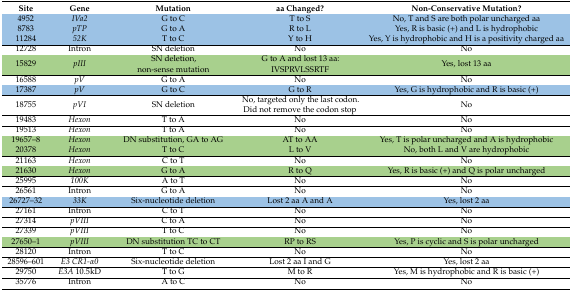
| Site | Gene | Mutation | aa Changed? | Non-Conservative Mutation? |
 | --- | --- | --- | --- | --- |
 | 4952 | IVa2 | G to C | T to S | No, T and S are both polar uncharged aa |
 | 8783 | pTP | G to A | R to L | Yes, R is basic (+) and L is hydrophobic |
 | 11284 | 52K | T to C | Y to H | Yes, Y is hydrophobic and H is a positivity charged aa |
 | 12728 | Intron | SN deletion | No | No |
 | 15829 | pIII | SN deletion, non-sense mutation | G to A and lost 13 aa: IVSPRVLSSRTF | Yes, lost 13 aa |
 | 16588 | pV | G to A | No | No |
 | 17387 | pV | G to C | G to R | Yes, G is hydrophobic and R is basic (+) |
 | 18755 | pVI | SN deletion | No, targeted only the last codon. Did not remove the codon stop | No |
 | 19483 | Hexon | T to A | No | No |
 | 19513 | Hexon | T to A | No | No |
 | 19657–8 | Hexon | DN substitution, GA to AG | AT to AA | Yes, T is polar uncharged and A is hydrophobic |
 | 20378 | Hexon | T to C | L to V | No, both L and V are hydrophobic |
 | 21163 | Hexon | C to T | No | No |
 | 21630 | Hexon | G to A | R to Q | Yes, R is basic (+) and Q is polar uncharged |
 | 25995 | 100K | A to T | No | No |
 | 26561 | Intron | G to A | No | No |
 | 26727–32 | 33K | Six-nucleotide deletion | Lost 2 aa A and A | Yes, lost 2 aa |
 | 27161 | Intron | C to T | No | No |
 | 27314 | pVIII | C to A | No | No |
 | 27339 | pVIII | T to C | No | No |
 | 27650–1 | pVIII | DN substitution TC to CT | RP to RS | Yes, P is cyclic and S is polar uncharged |
 | 28120 | Intron | T to C | No | No |
 | 28596–601 | E3 CR1-α0 | Six-nucleotide deletion | Lost 2 aa I and G | Yes, lost 2 aa |
 | 29750 | E3A 10.5kD | T to G | M to R | Yes, M is hydrophobic and R is basic (+) |
 | 35776 | Intron | A to C | No | No |